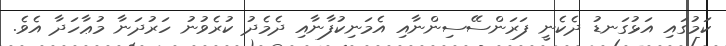
ކަމުގައި އަޅުގަނޑު ދެކެނީ ފަރަންސޭސިންނާއި އެމަނިކުފާނާއި ދެމެދު ކުރެވުނު ހަރުދަނާ މުޢާހަދާ އެވެ.